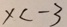
x < - 3